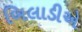
બિલાડીએ